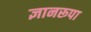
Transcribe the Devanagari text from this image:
ज्ञानरूपा